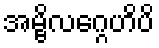
အမ္ဗိလဂ္ဂေဟိပိ